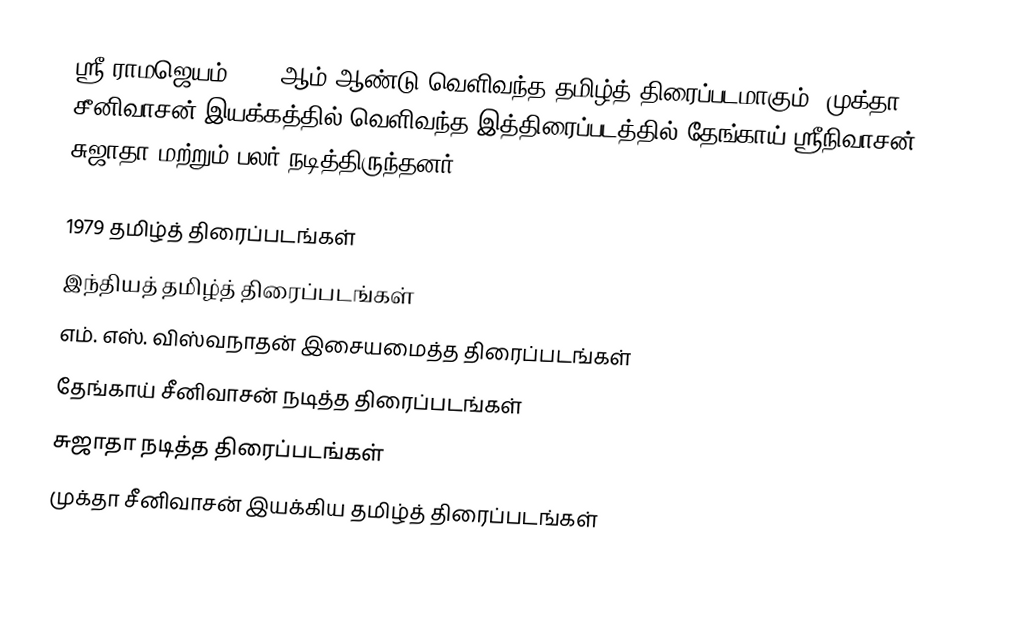
ஸ்ரீ ராமஜெயம் 1979 ஆம் ஆண்டு வெளிவந்த தமிழ்த் திரைப்படமாகும். முக்தா சீனிவாசன் இயக்கத்தில் வெளிவந்த இத்திரைப்படத்தில் தேங்காய் ஸ்ரீநிவாசன், சுஜாதா மற்றும் பலர் நடித்திருந்தனர்.

1979 தமிழ்த் திரைப்படங்கள்
இந்தியத் தமிழ்த் திரைப்படங்கள்
எம். எஸ். விஸ்வநாதன் இசையமைத்த திரைப்படங்கள்
தேங்காய் சீனிவாசன் நடித்த திரைப்படங்கள்
சுஜாதா நடித்த திரைப்படங்கள்
முக்தா சீனிவாசன் இயக்கிய தமிழ்த் திரைப்படங்கள்